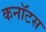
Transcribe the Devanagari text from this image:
कनॉटस